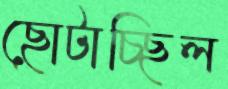
ছোটাচ্ছিল